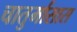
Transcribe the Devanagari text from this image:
चातुर्मासास